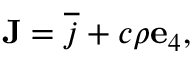
\mathbf { J } = { \overline { { j } } } + c \rho \mathbf { e } _ { 4 } ,